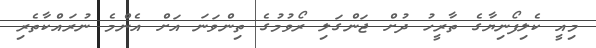
މިއީ ކެލިފޯނިޔާގެ ތާރީހު ދުށް ޖަންގަލި ރޯވުމުގެ ތިންވަނަ އަށް އެންމެ ނުރައްކާތެރި